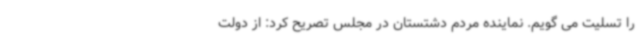
را تسلیت می گویم. نماینده مردم دشتستان در مجلس تصریح کرد: از دولت